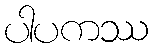
ပါပကဿ